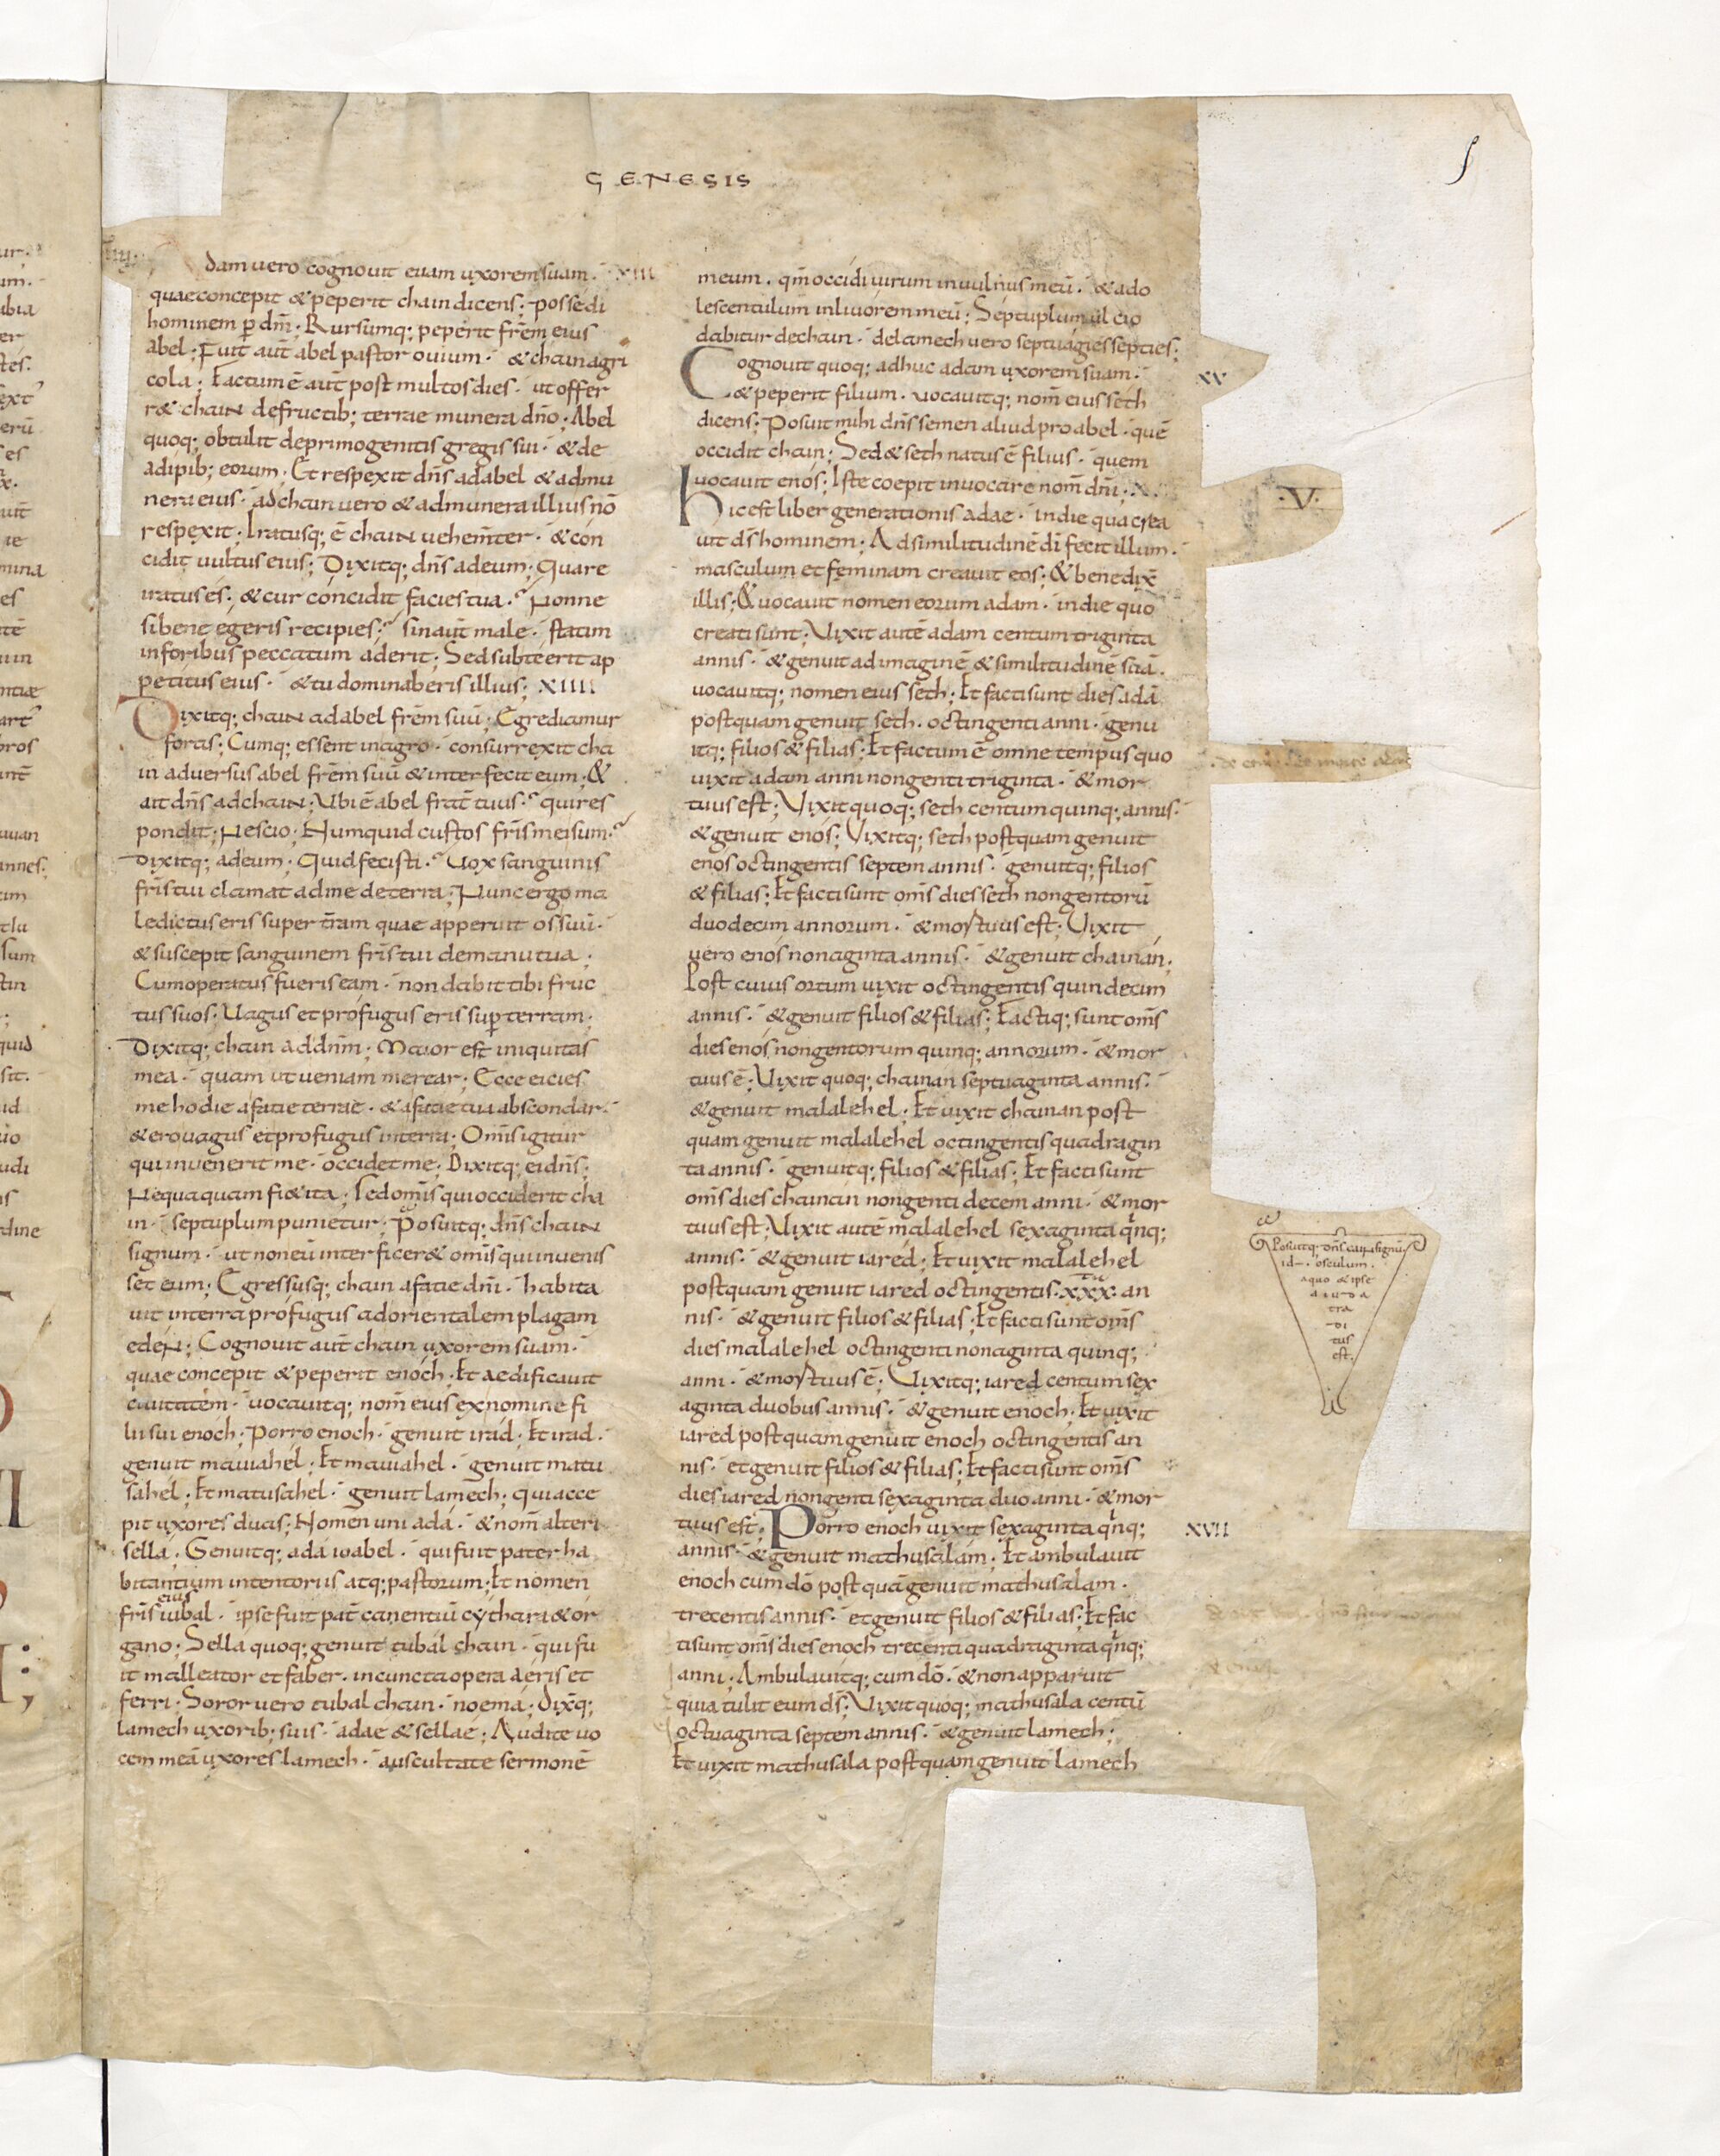
Shelfmark: Paris, BnF, lat. 15176
Century: 11